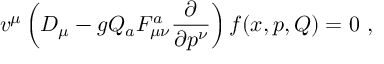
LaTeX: v ^ { \mu } \left( D _ { \mu } - g Q _ { a } F _ { \mu \nu } ^ { a } \frac { \partial } { \partial p ^ { \nu } } \right) f ( x , p , Q ) = 0 \ ,